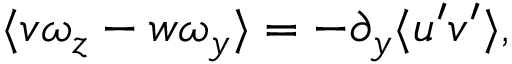
\langle v \omega _ { z } - w \omega _ { y } \rangle = - \partial _ { y } \langle u ^ { \prime } v ^ { \prime } \rangle ,